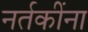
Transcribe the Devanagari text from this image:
नर्तकींना